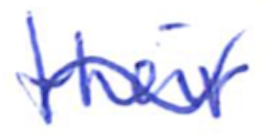
Text: their
Cross-out: wave
Writing tool: ballpoint